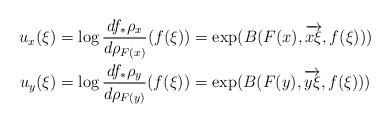
LaTeX: \begin{align*}u_x(\xi) & = \log \frac{df_*\rho_x}{d\rho_{F(x)}}(f(\xi)) = \exp(B(F(x), \overrightarrow{x\xi}, f(\xi))) \\u_y(\xi) & = \log \frac{df_*\rho_y}{d\rho_{F(y)}}(f(\xi)) = \exp(B(F(y), \overrightarrow{y\xi}, f(\xi))) \\\end{align*}